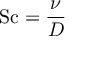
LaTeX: \mathrm { S c } = { \frac { \nu } { D } }